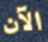
الآن